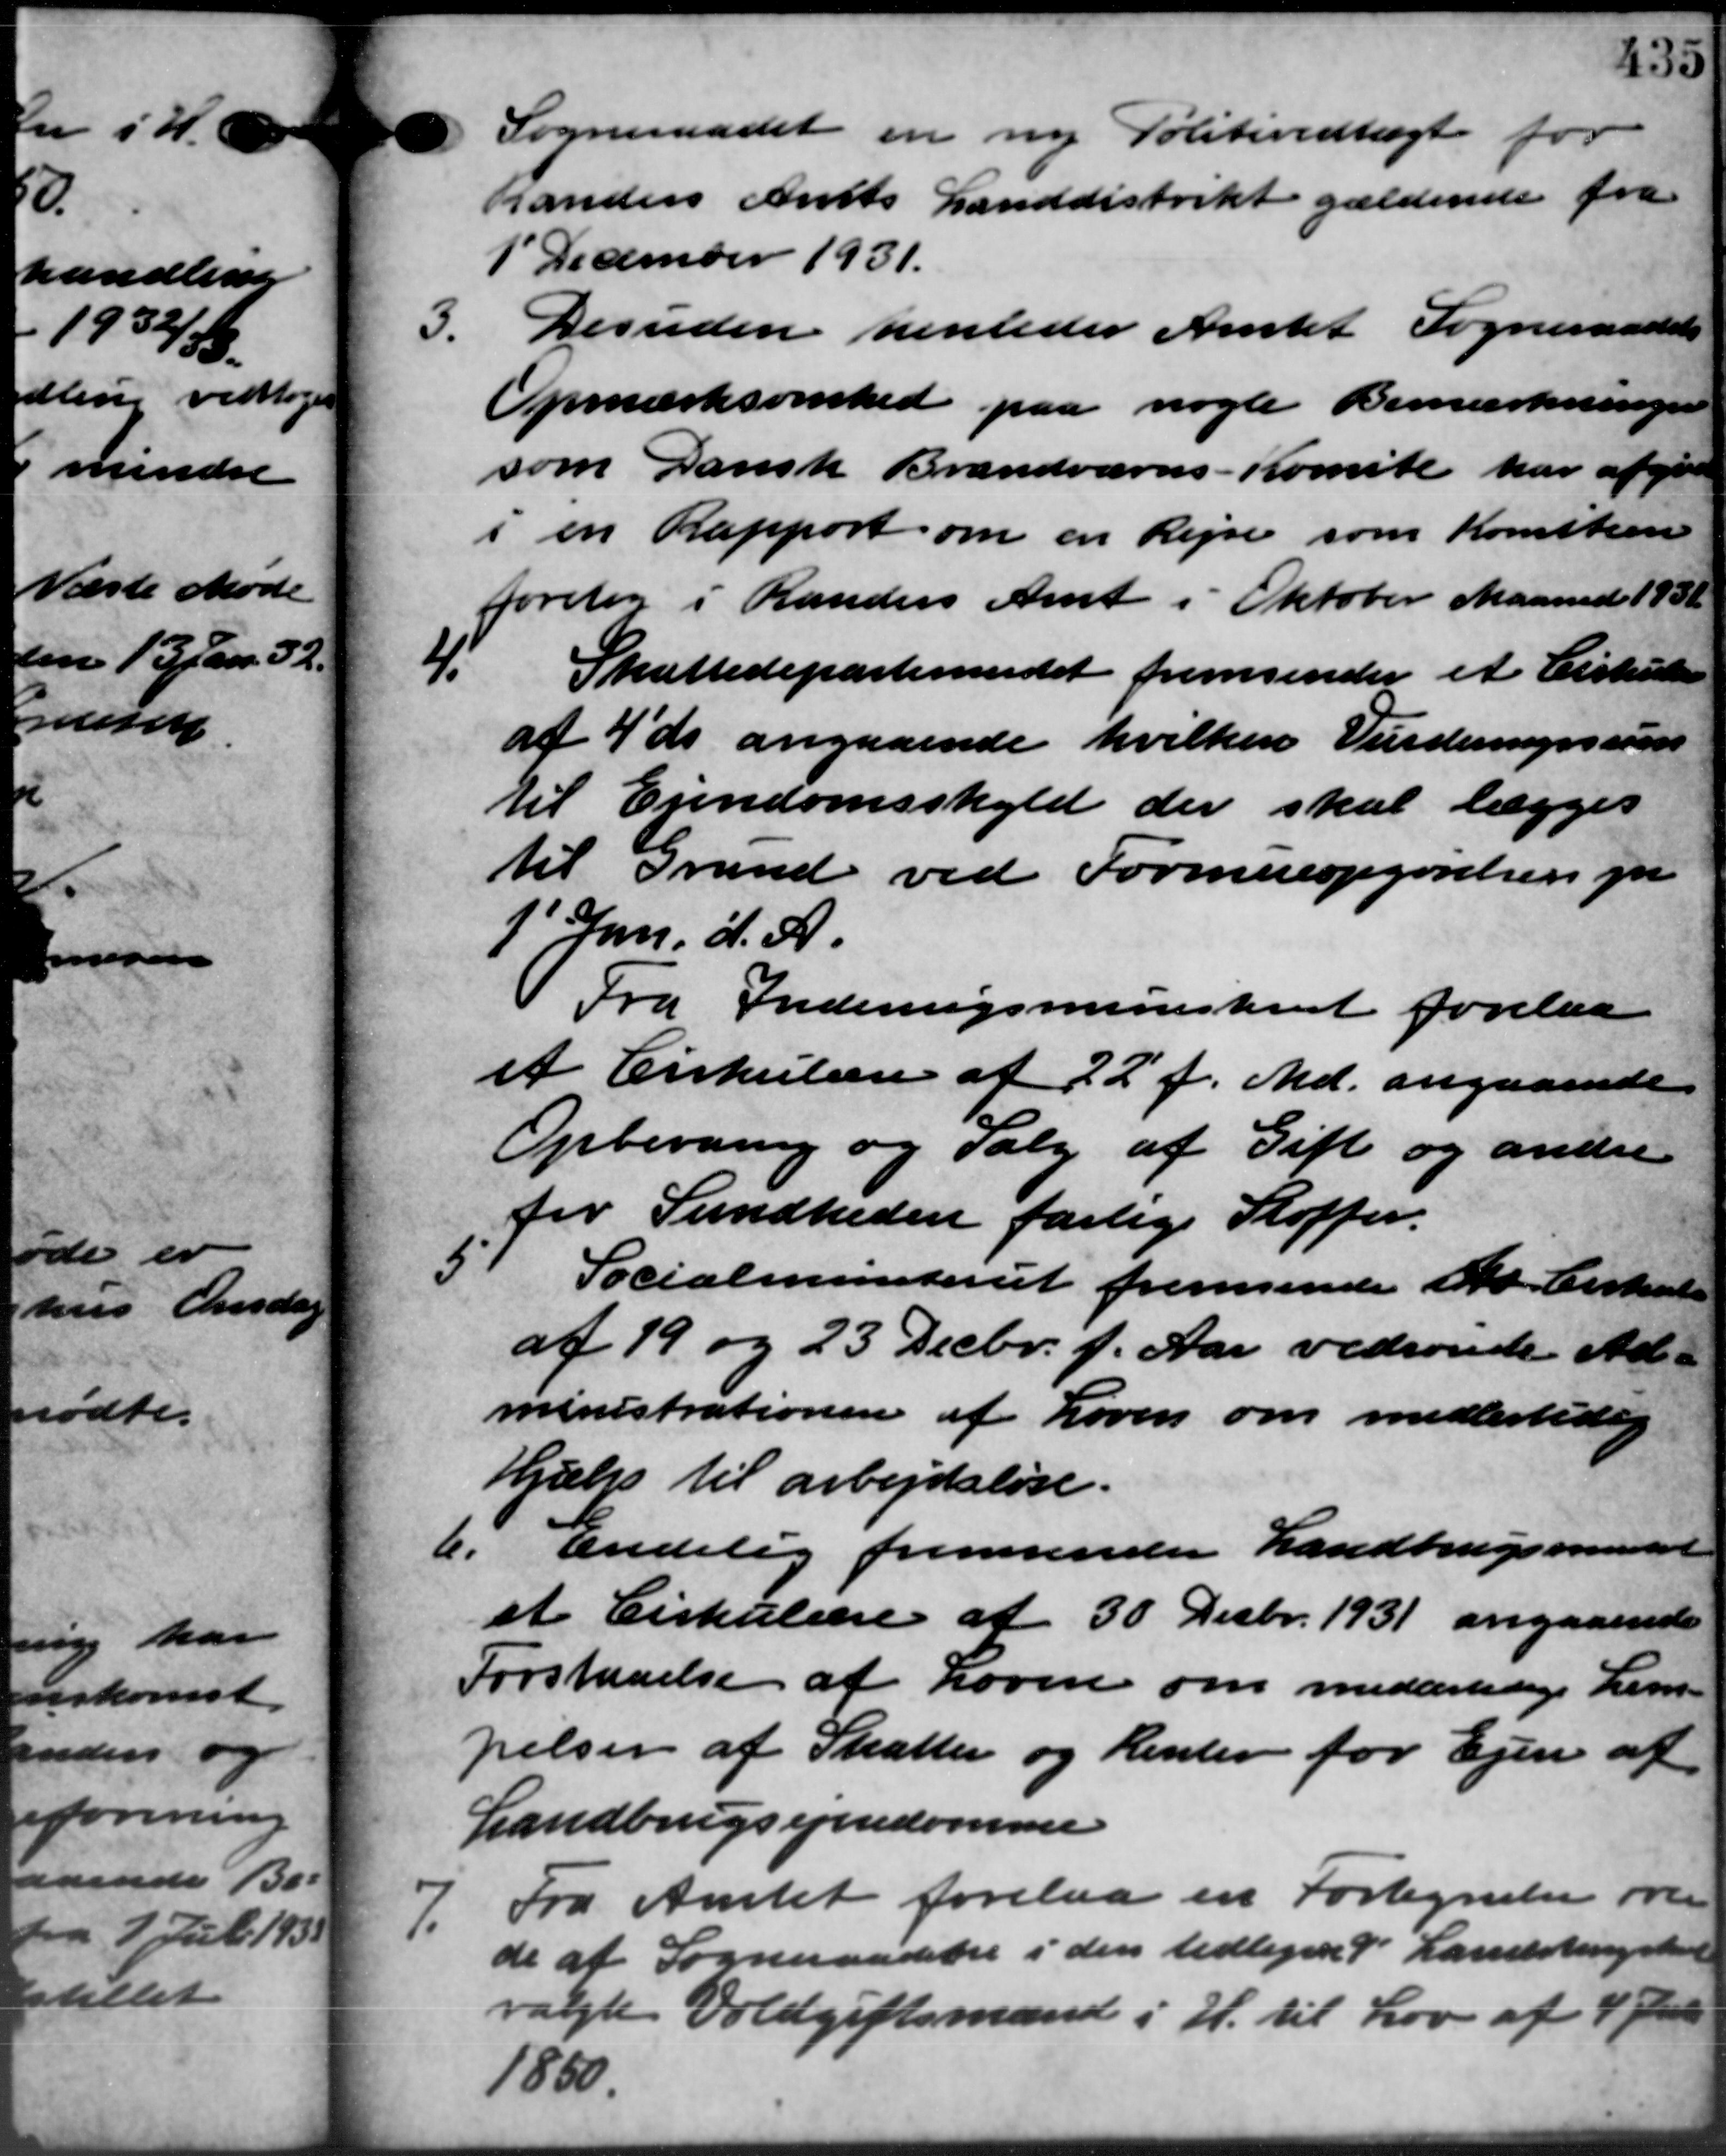
Transskription:
Sogneraadet en ny Politivedtægt for
Randers Amts Landdistrikt gældende fra
1' December 1931.
3.
Desuden henleder Amtet Sogneraadets
Opmærksomhed paa nogle Bemærkninger
som Dansk Brandværns -Komite har afgive
i en Rapport om en Rejse som Komsten
foretog i Randers Amt i Oktober Maaned 1931.
4.
Skattedepartementet fremsender et Cirkulære
af 4' ds angaaende hvilken Vurderingssum
til Ejendomsskyld der skal lægges
til Grund ved Formueopgørelsen pr
1' Jan. d. A.
Fra Indenrigsministeriet forelaa
et Cirkulære af 22´f. Md. angaaende
Opbevaring og Salg af Gift og andre
for Sundheden farlige Stoffer.
5.
Socialministeriet fremsende et Cirkulære
af 19 og 23 Decbr. f. Aar vedrørede Ad –
ministrationen af Loven om midlertidig
Hjælp til arbejdsløse.
6. Endelig fremsender Landbrugsministeriet
6. Endelig fremsender Landbrugsministeriet
et Cirkulære af 30 Decbr. 1931 angaaende
Forstaaelse af Loven om midderledige Lem –
pelsen af Skatter og Renter for Ejen af
Landbrugsejendomme
7.
Fra Amtet forelaa en Fortegnelse over
de af Sogneraadelse i den tidligere 9 Landstingskort
valgte Voldgiftsmænd i H. til Lov af 4 f
1800.